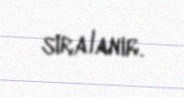
sıralanır.